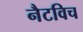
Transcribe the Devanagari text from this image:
नैटविच